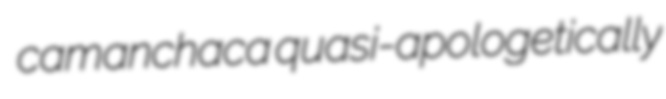
camanchaca quasi-apologetically